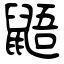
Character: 鼯